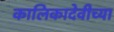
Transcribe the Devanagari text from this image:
कालिकादेवीच्या